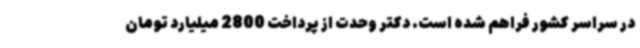
در سراسر کشور فراهم شده است. دکتر وحدت از پرداخت 2800 میلیارد تومان